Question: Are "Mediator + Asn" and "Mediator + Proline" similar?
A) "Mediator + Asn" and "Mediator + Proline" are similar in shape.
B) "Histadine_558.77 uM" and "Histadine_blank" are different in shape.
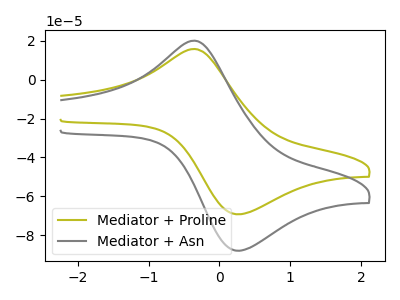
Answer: <think>The olive curve "Mediator + Proline" has an anodic peak at (-0.35V, 15.85uA) and a cathodic peak at (0.30V, -69.30uA). The gray curve "Mediator + Asn" has an anodic peak at (-0.35V, 20.15uA) and a cathodic peak at (0.30V, -88.05uA).
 All the peaks in "Mediator + Asn" have a peak in "Mediator + Proline" at the same potential. Every peak in "Mediator + Asn" is higher than every peak in "Mediator + Proline".</think>
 <answer>A) "Mediator + Asn" and "Mediator + Proline" are similar in shape.</answer>
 <eval>A</eval>